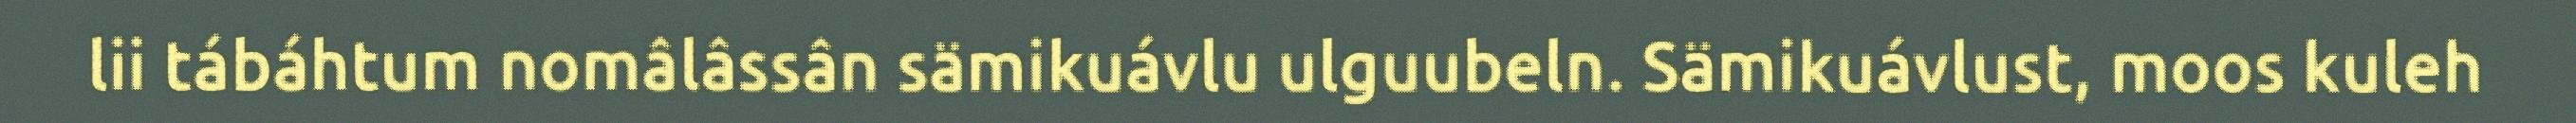
lii tábáhtum nomâlâssân sämikuávlu ulguubeln. Sämikuávlust, moos kuleh